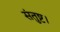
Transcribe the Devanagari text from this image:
संतुष्ट।